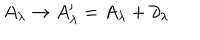
A _ { \lambda } \rightarrow A _ { \lambda } ^ { \prime } = A _ { \lambda } + \partial _ { \lambda }